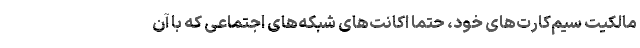
مالکیت سیم‌کارت‌های خود، حتماً اکانت‌های شبکه‌های اجتماعی که با آن